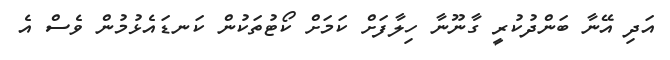
އަދި އޭނާ ބަންދުކުރީ ގާނޫނާ ހިލާފަށް ކަމަށް ކޯޓުތަކުން ކަނޑައެޅުމުން ވެސް އެ